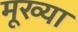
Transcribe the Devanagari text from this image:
मूख्या